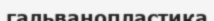
гальванопластика